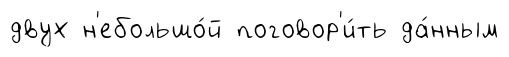
двух н'ебольшо́й поговор'и́ть да́нным